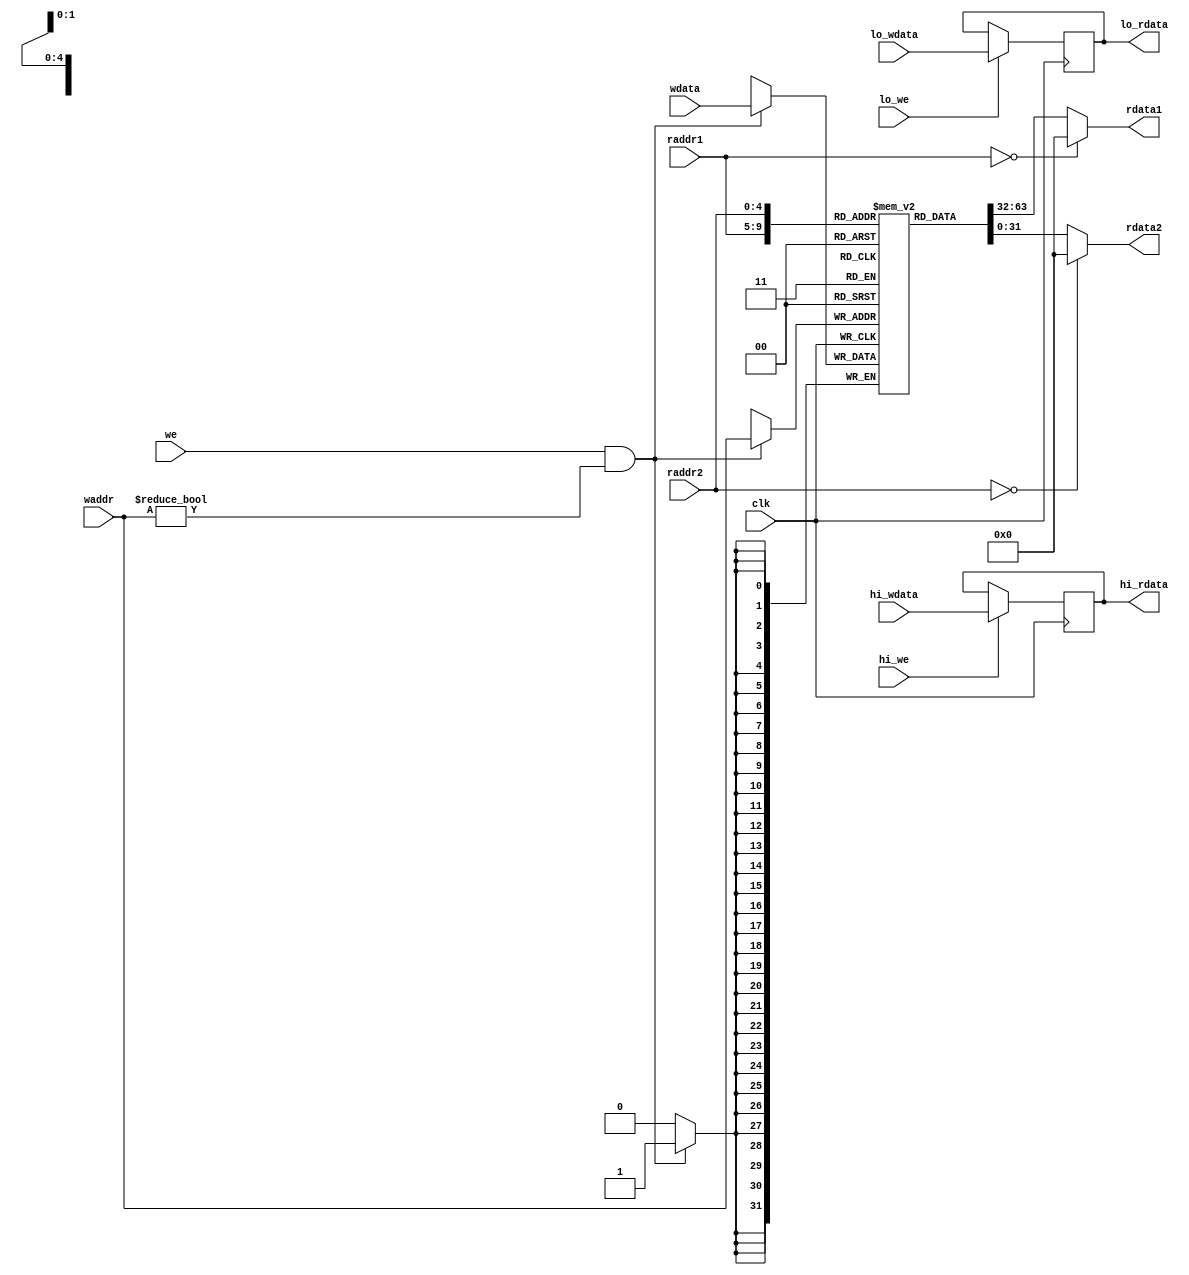
module regfile(
    input wire clk,
    input wire [4:0] raddr1,
    output wire [31:0] rdata1,
    input wire [4:0] raddr2,
    output wire [31:0] rdata2,
    
    input wire we,
    input wire [4:0] waddr,
    input wire [31:0] wdata,

    input wire hi_we,
    input wire [31:0] hi_wdata,
    input wire lo_we,
    input wire [31:0] lo_wdata,

    output wire [31:0] hi_rdata,
    output wire [31:0] lo_rdata
);
    reg [31:0] reg_array [31:0];

    reg [31:0] reg_hi;
    reg [31:0] reg_lo;
    // write
    always @ (posedge clk) begin
        if (we && waddr!=5'b0) begin
            reg_array[waddr] <= wdata;
        end
        if (hi_we) begin
            reg_hi <= hi_wdata;
        end
        if (lo_we) begin
            reg_lo <= lo_wdata;
        end
    end

    // read out 1
    assign rdata1 = (raddr1 == 5'b0) ? 32'b0 : reg_array[raddr1];

    // read out2
    assign rdata2 = (raddr2 == 5'b0) ? 32'b0 : reg_array[raddr2];

    //read hi
    assign hi_rdata = reg_hi;
    assign lo_rdata = reg_lo;
    
endmodule